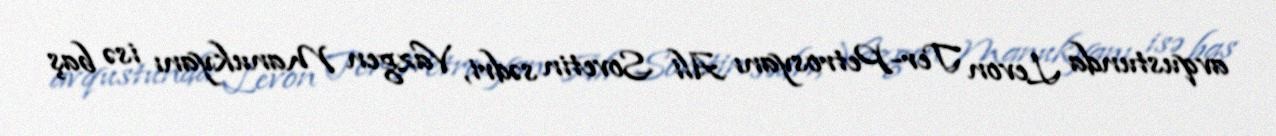
avqustunda Levon Ter-Petrosyanı Ali Sovetin sədri, Vazgen Manukyanı isə baş